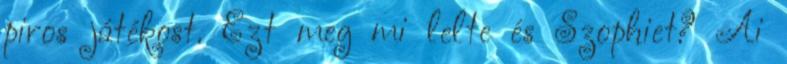
piros játékost. Ezt meg mi lelte és Szophiet? Ai